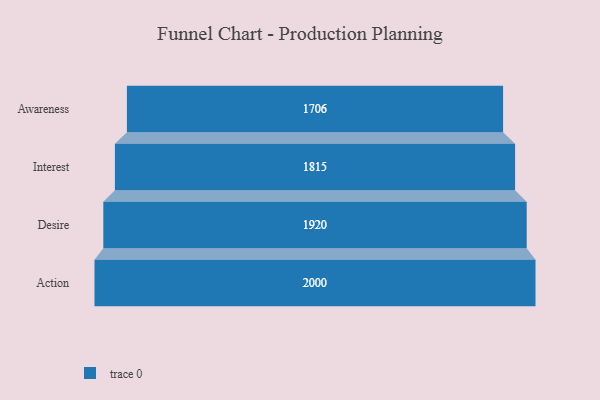
{"axis": {"x": "Stage", "y": "Value"}, "legend": [""], "data": [{"x": "Awareness", "y": 1706.0, "type": ""}, {"x": "Interest", "y": 1815.0, "type": ""}, {"x": "Desire", "y": 1920.0, "type": ""}, {"x": "Action", "y": 2000, "type": ""}]}